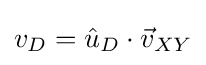
v_{D}={\hat {u}}_{D}\cdot {\vec {v}}_{XY}